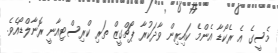
މެސީގެ އެ ރެކޯޑާ އެންމެ ކައިރިން ވާދަކުރާ ޕޯޗްގީޒް ތަރި ކްރިސްޓިއާނީ ރޮނާލްޑޯއެވެ.